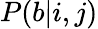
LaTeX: P(b|i,j)